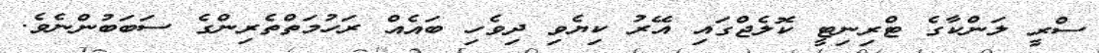
ސްރީ ލަންކާގެ ޓްރިނިޓީ ކޮލެޖްގައި އޭރު ކިޔެވި ދިވެހި ބައެއް ރަހުމަތްތެރިންގެ ސަބަބުންނެވެ.